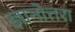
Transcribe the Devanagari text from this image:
ज्ञानोत्तरा